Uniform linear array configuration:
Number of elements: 4
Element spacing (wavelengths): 0.25
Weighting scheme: hamming
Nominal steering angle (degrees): -15
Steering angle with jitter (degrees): -14.582
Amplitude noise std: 0.05
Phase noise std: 0.05

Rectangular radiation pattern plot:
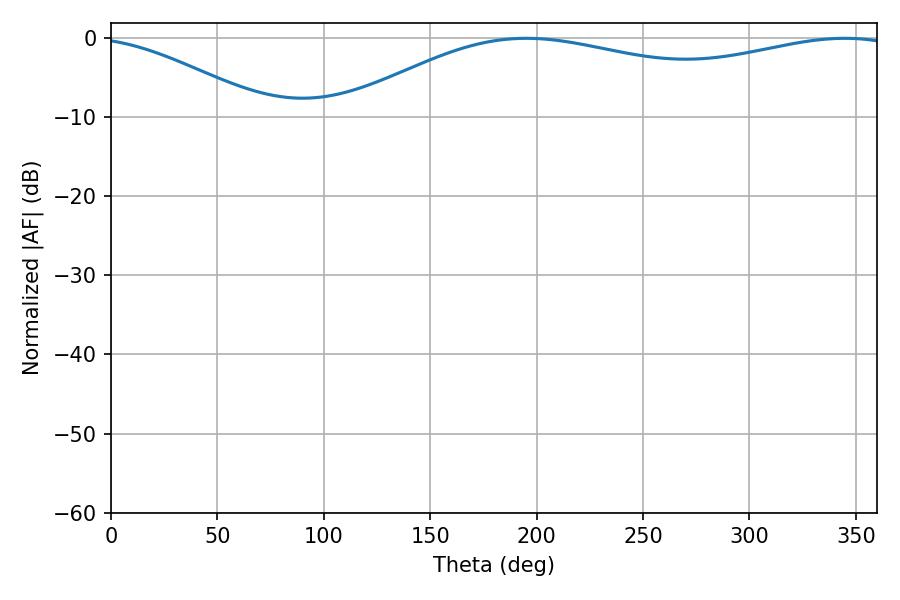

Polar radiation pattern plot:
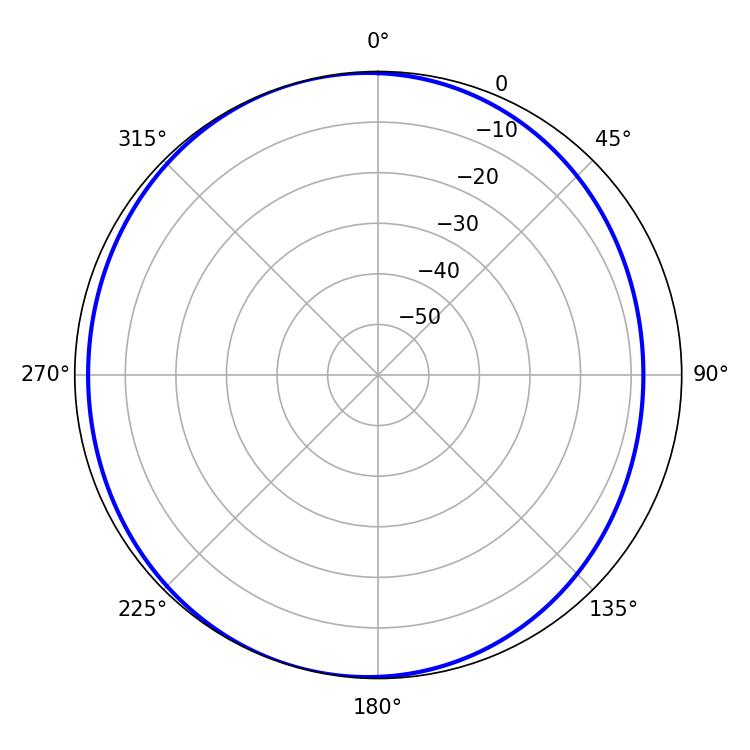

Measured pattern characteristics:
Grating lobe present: FALSE
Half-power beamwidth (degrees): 212.58
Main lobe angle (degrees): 195.12